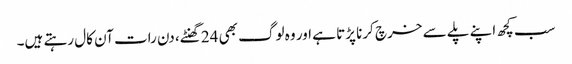
سب کچھ اپنے پلے سے خرچ کرنا پڑتا ہے اور وہ لوگ بھی 24 گھنٹے، دن رات آن کال رہتے ہیں۔